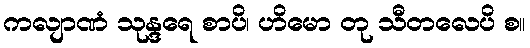
ကလျာဏံ သုန္ဒရေ စာပိ၊ ဟိမော တု သီတလေပိ စ။